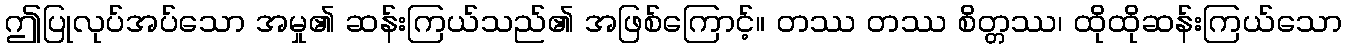
ဤပြုလုပ်အပ်သော အမှု၏ ဆန်းကြယ်သည်၏ အဖြစ်ကြောင့်။ တဿ တဿ စိတ္တဿ၊ ထိုထိုဆန်းကြယ်သော